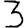
Digit: 3